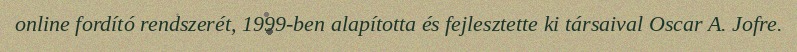
online fordító rendszerét, 1999-ben alapította és fejlesztette ki társaival Oscar A. Jofre.